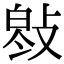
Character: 𢾓